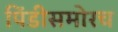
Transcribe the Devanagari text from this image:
पिंडीसमोरच